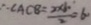
\therefore \angle A C B = \frac { 2 \times 1 0 } { 2 } = 6 \cdot